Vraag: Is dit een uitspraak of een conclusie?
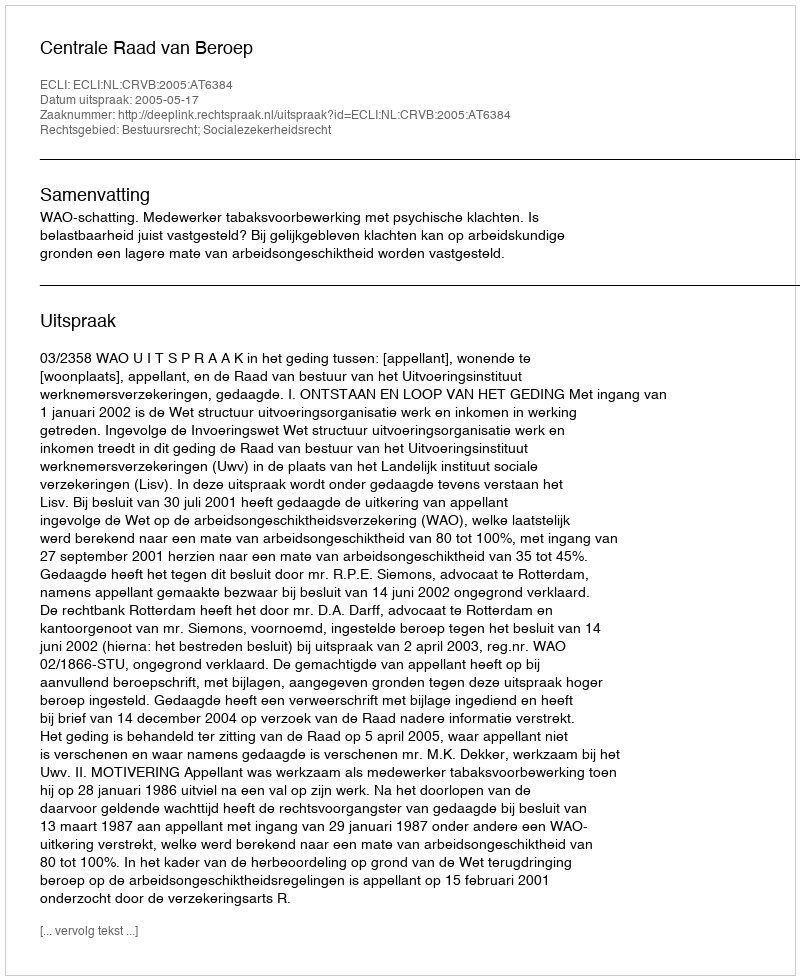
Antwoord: Uitspraak